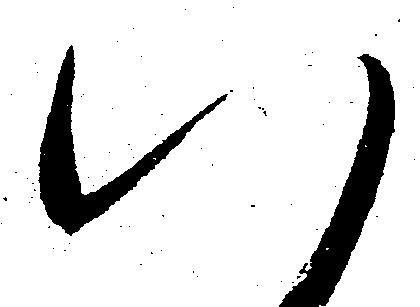
八